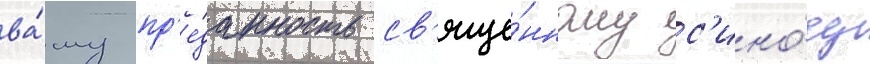
ва́шу пр'е́данность св'яще́нному с'ино́ду